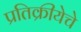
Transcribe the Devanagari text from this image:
प्रतिक्रीयेचे